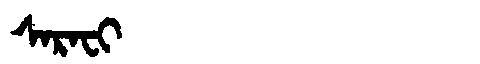
Manchu: ᠰᠠᡵᠠᠸᡳ
Romanization: SARAFI